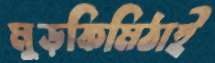
মুড়কিমিঠাই